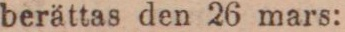
berättas den 26 mars: